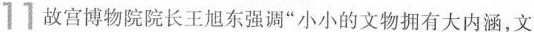
11 故宫博物院院长王旭东强调”小小的文物拥有大内涵，文